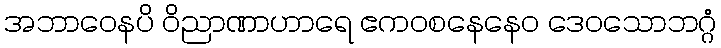
အဘာဝေနပိ ဝိညာဏာဟာရေ ဧကဝစနေနေဝ ဒေဝသောဘဂ္ဂံ